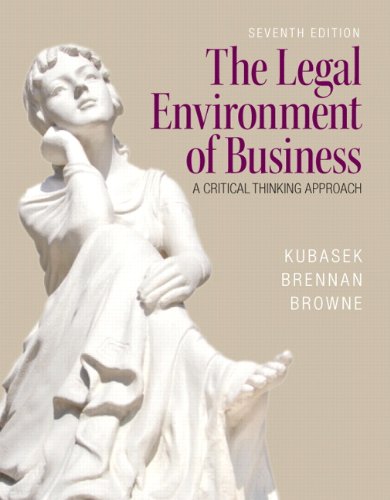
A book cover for The Legal Environment of Business (7th Edition); Nancy K. Kubasek; Law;